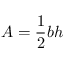
A = { \frac { 1 } { 2 } } b h